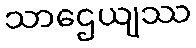
သာဌေယျဿ